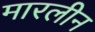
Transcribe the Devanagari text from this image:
मारलीन